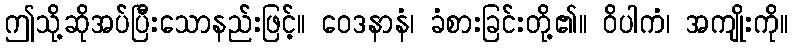
ဤသို့ဆိုအပ်ပြီးသောနည်းဖြင့်။ ဝေဒနာနံ၊ ခံစားခြင်းတို့၏။ ဝိပါကံ၊ အကျိုးကို။